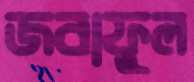
জবাফুল